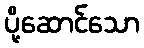
ပို့ဆောင်သော